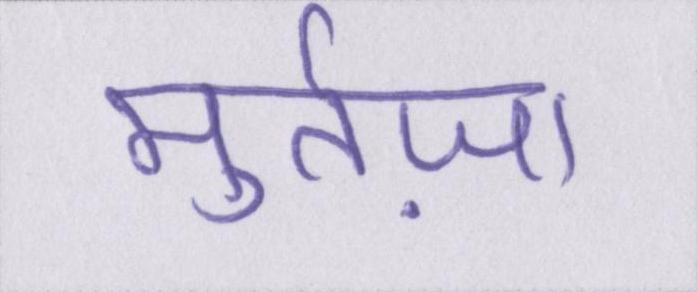
मुर्तज़ा